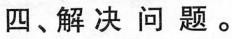
四、解决问题。